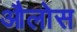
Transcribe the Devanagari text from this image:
औलोस